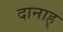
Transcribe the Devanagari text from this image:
दानाह्